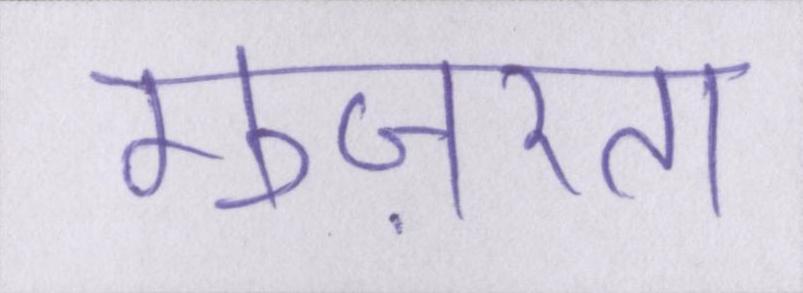
गुज़रता